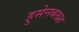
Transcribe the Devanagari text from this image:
हुसेनबख्श